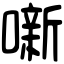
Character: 噺